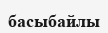
басыбайлы